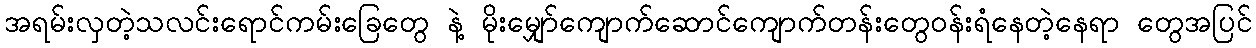
အရမ်းလှတဲ့သလင်းရောင်ကမ်းခြေတွေ နဲ့ မိုးမျှော်ကျောက်ဆောင်ကျောက်တန်းတွေဝန်းရံနေတဲ့နေရာ တွေအပြင်